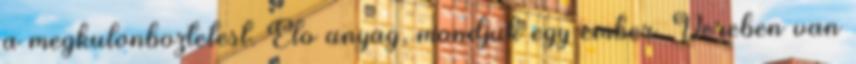
a megkulonboztetest. Elo anyag, mondjuk egy ember. Vereben van